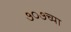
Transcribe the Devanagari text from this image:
७०७च्या